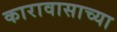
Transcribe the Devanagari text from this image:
कारावासाच्या